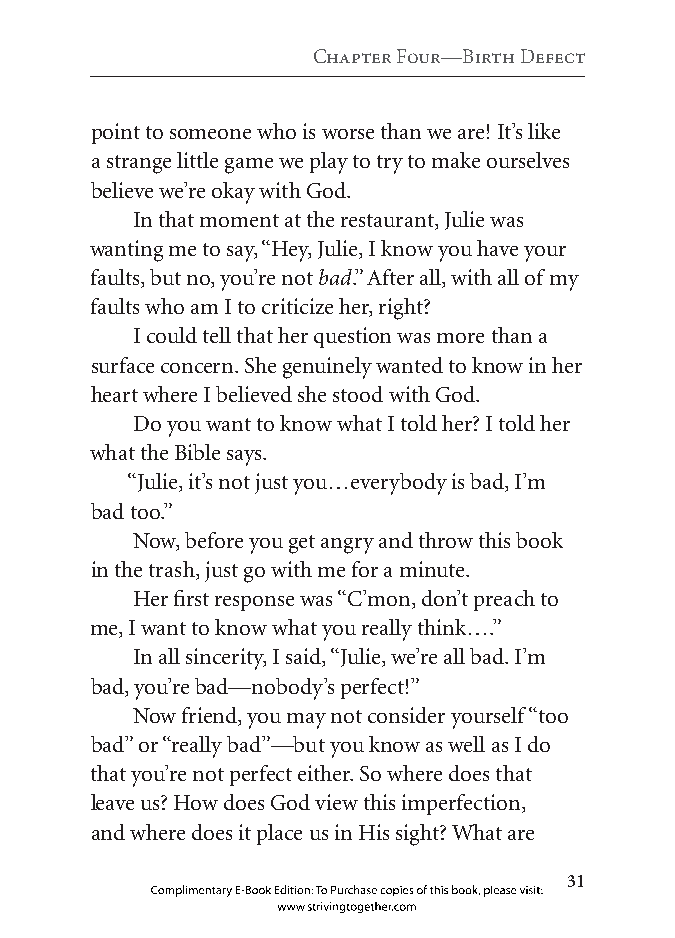
Chapter four—Birth Defect
 point to someone who is worse than we are! It’s like
 a strange little game we play to try to make ourselves
 believe we’re okay with God.
 In that moment at the restaurant, Julie was
 wanting me to say, “Hey, Julie, I know you have your
 faults, but no, you’re not bad.” After all, with all of my
 faults who am I to criticize her, right?
 I could tell that her question was more than a
 surface concern. She genuinely wanted to know in her
 heart where I believed she stood with God.
 Do you want to know what I told her? I told her
 what the Bible says.
 “Julie, it’s not just you…everybody is bad, I’m
 bad too.”
 Now, before you get angry and throw this book
 in the trash, just go with me for a minute.
 Her first response was “C’mon, don’t preach to
 me, I want to know what you really think….”
 In all sincerity, I said, “Julie, we’re all bad. I’m
 bad, you’re bad—nobody’s perfect!”
 Now friend, you may not consider yourself “too
 bad” or “really bad”—but you know as well as I do
 that you’re not perfect either. So where does that
 leave us? How does God view this imperfection,
 and where does it place us in His sight? What are
 
 Complimentary E-Book Edition: To Purchase copies of this book, please visit:
 www.strivingtogether.com